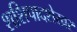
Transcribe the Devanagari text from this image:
शशिपादशेखर